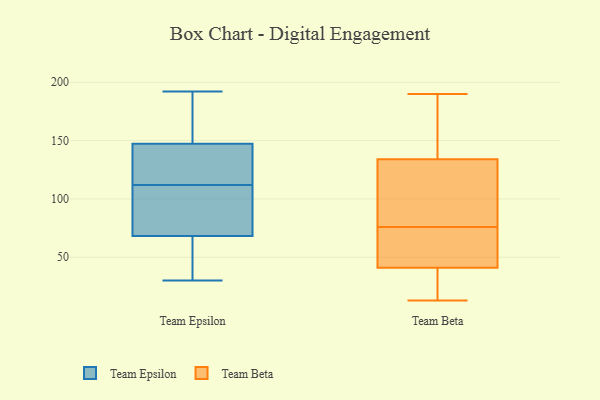
{"axis": {"x": "Production Output", "y": "Value"}, "legend": ["Team Beta", "Team Epsilon"], "data": [{"x": "", "y": 56, "type": "Team Epsilon"}, {"x": "", "y": 68, "type": "Team Epsilon"}, {"x": "", "y": 152, "type": "Team Epsilon"}, {"x": "", "y": 30, "type": "Team Epsilon"}, {"x": "", "y": 45, "type": "Team Epsilon"}, {"x": "", "y": 112, "type": "Team Epsilon"}, {"x": "", "y": 69, "type": "Team Epsilon"}, {"x": "", "y": 133, "type": "Team Epsilon"}, {"x": "", "y": 192, "type": "Team Epsilon"}, {"x": "", "y": 172, "type": "Team Epsilon"}, {"x": "", "y": 160, "type": "Team Epsilon"}, {"x": "", "y": 75, "type": "Team Epsilon"}, {"x": "", "y": 116, "type": "Team Epsilon"}, {"x": "", "y": 182, "type": "Team Epsilon"}, {"x": "", "y": 71, "type": "Team Epsilon"}, {"x": "", "y": 63, "type": "Team Epsilon"}, {"x": "", "y": 93, "type": "Team Epsilon"}, {"x": "", "y": 112, "type": "Team Epsilon"}, {"x": "", "y": 120, "type": "Team Epsilon"}, {"x": "", "y": 47, "type": "Team Beta"}, {"x": "", "y": 83, "type": "Team Beta"}, {"x": "", "y": 190, "type": "Team Beta"}, {"x": "", "y": 105, "type": "Team Beta"}, {"x": "", "y": 142, "type": "Team Beta"}, {"x": "", "y": 14, "type": "Team Beta"}, {"x": "", "y": 152, "type": "Team Beta"}, {"x": "", "y": 51, "type": "Team Beta"}, {"x": "", "y": 13, "type": "Team Beta"}, {"x": "", "y": 134, "type": "Team Beta"}, {"x": "", "y": 69, "type": "Team Beta"}, {"x": "", "y": 29, "type": "Team Beta"}, {"x": "", "y": 124, "type": "Team Beta"}, {"x": "", "y": 183, "type": "Team Beta"}, {"x": "", "y": 100, "type": "Team Beta"}, {"x": "", "y": 63, "type": "Team Beta"}, {"x": "", "y": 41, "type": "Team Beta"}, {"x": "", "y": 19, "type": "Team Beta"}]}